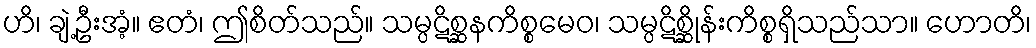
ဟိ၊ ချဲ့ဦးအံ့။ ဧတံ၊ ဤစိတ်သည်။ သမ္ပဋိစ္ဆနကိစ္စမေဝ၊ သမ္ပဋိစ္ဆိုန်းကိစ္စရှိသည်သာ။ ဟောတိ၊